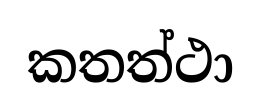
කතත්ථා